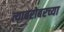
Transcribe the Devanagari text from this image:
त्याबरोबरच्या